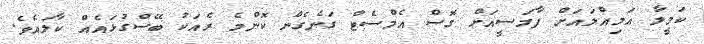
ކަމީލާ އަމިއްލައަށް ފާމަސީއަށް ގޮސް އެމްސެޓް ގަނެގެން ކޮންމެ ރެއަކު ބޭސްގުޅައެއް ކާލައެވެ.